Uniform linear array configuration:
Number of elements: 4
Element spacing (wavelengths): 0.75
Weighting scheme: kaiser
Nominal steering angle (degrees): -60
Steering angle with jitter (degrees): -60.124
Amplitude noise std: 0.05
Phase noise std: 0.05

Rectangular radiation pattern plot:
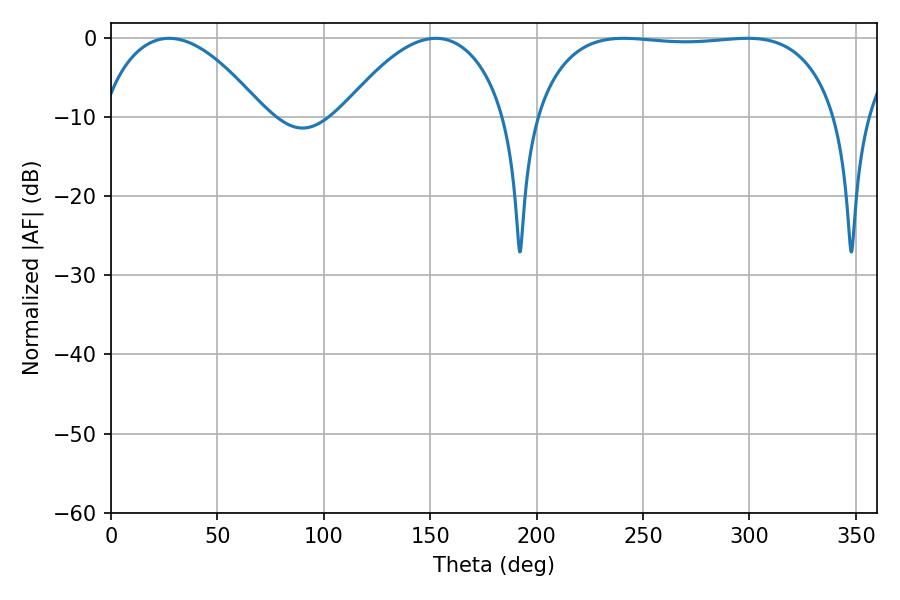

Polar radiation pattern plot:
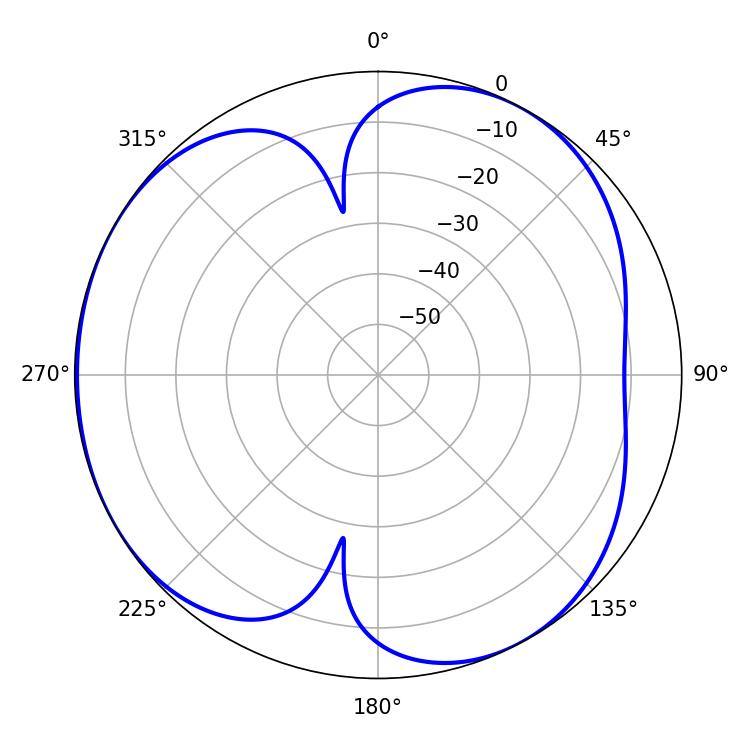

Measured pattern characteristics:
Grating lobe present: TRUE
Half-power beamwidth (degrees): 42.66
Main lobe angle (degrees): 27.36